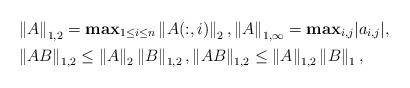
LaTeX: \begin{align*} &\left\| A \right\|_{1, 2} = {\bf max}_{1 \le i \le n} \left\| A(:,i) \right\|_2, \left\| A \right\|_{1, \infty} = {\bf max}_{i, j} | a_{i, j } |, \\ &\left\|AB\right\|_{1,2} \le \left\|A\right\|_2 \left\|B\right\|_{1,2}, \left\|AB\right\|_{1,2} \le \left\|A\right\|_{1,2} \left\|B\right\|_1,\end{align*}